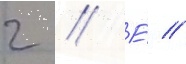
г // Е́ //